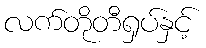
လက်တိုတီရှပ်နှင့်